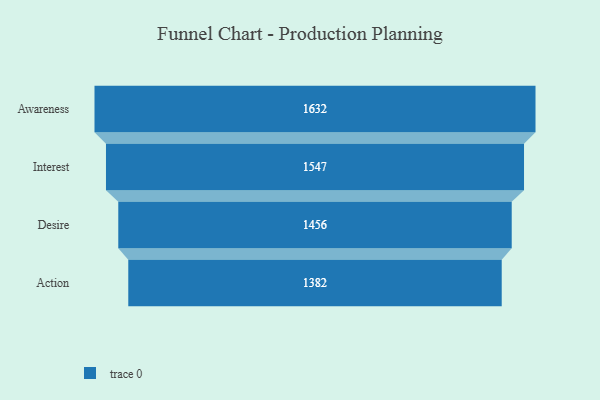
{"axis": {"x": "Stage", "y": "Value"}, "legend": [""], "data": [{"x": "Awareness", "y": 1632.0, "type": ""}, {"x": "Interest", "y": 1547.0, "type": ""}, {"x": "Desire", "y": 1456.0, "type": ""}, {"x": "Action", "y": 1382.0, "type": ""}]}